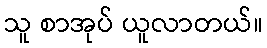
သူ စာအုပ် ယူလာတယ်။